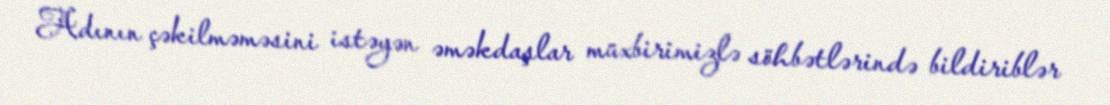
Adının çəkilməməsini istəyən əməkdaşlar müxbirimizlə söhbətlərində bildiriblər